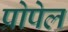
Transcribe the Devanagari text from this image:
प्रोपेल